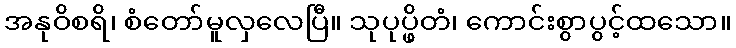
အနုဝိစရိ၊ စံတော်မူလှလေပြီ။ သုပုပ္ဖိတံ၊ ကောင်းစွာပွင့်ထသော။